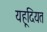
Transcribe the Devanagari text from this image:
यहूदियत